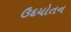
ઉદયોતન